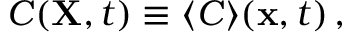
C ( { \bf { X } } , t ) \equiv \langle C \rangle ( { \bf { x } } , t ) \, ,